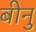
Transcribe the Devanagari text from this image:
बीनु